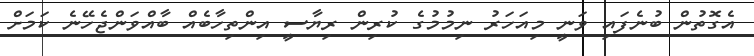
އެގޮތުން ބުނެފައި ވަނީ މިއަހަރު ނިމުމުގެ ކުރިން ރިޔާސީ އިންތިހާބެއް ބާއްވަންޖެހޭނެ ކަމަށް